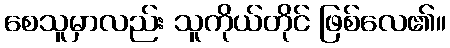
စေသူမှာလည်း သူကိုယ်တိုင် ဖြစ်လေ၏။